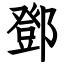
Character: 鄧